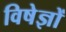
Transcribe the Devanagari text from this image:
विषेज्ञों